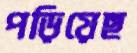
পড়িয়েছ